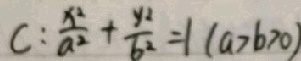
C : \frac { x ^ { 2 } } { a ^ { 2 } } + \frac { y _ { 2 } } { b ^ { 2 } } = 1 ( a > b > 0 )